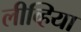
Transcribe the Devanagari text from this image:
लीव्हिया